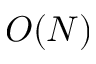
O ( N )